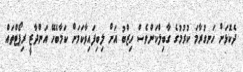
ދެކޮޅަށް ހަނގުރާމަ ކުރުމުގެ ގާބިލްކަންވެސް ހިޒްބު އަށް ލިބިފައިވާކަމަށް ކަމާބެހޭ އަންދާޒީ ރިޕޯޓްތައް